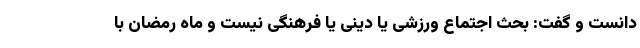
دانست و گفت: بحث اجتماع ورزشی یا دینی یا فرهنگی نیست و ماه رمضان با